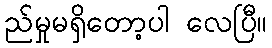
ည်မှုမရှိတော့ပါ လေပြီ။